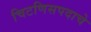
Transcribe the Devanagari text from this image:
चिटणिसपदाचे